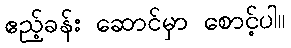
ဧည့်ခန်း ဆောင်မှာ စောင့်ပါ။